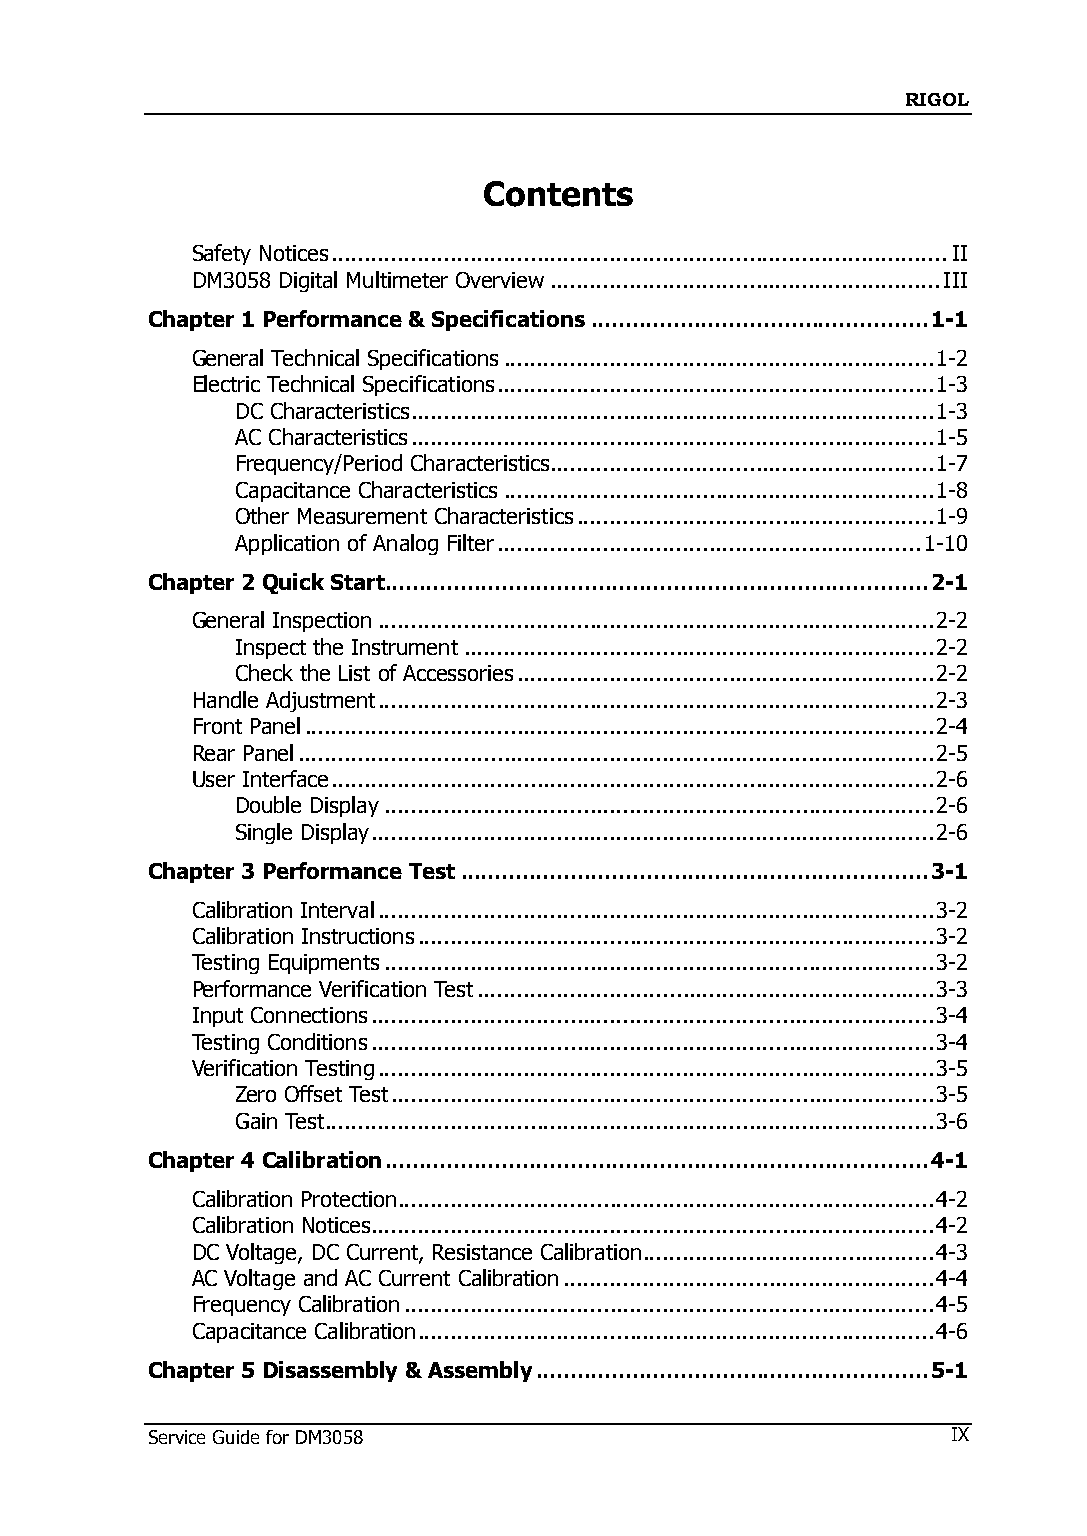
RIGOL
 Contents
 Safety Notices ............................................................................................. II
 DM3058 Digital Multimeter Overview ........................................................... III
 Chapter 1 Performance & Specifications ................................................. 1-1
 General Technical Specifications ................................................................. 1-2
 Electric Technical Specifications .................................................................. 1-3
 DC Characteristics ............................................................................... 1-3
 AC Characteristics ............................................................................... 1-5
 Frequency/Period Characteristics .......................................................... 1-7
 Capacitance Characteristics ................................................................. 1-8
 Other Measurement Characteristics ...................................................... 1-9
 Application of Analog Filter ................................................................ 1-10
 Chapter 2 Quick Start ............................................................................... 2-1
 General Inspection .................................................................................... 2-2
 Inspect the Instrument ....................................................................... 2-2
 Check the List of Accessories ............................................................... 2-2
 Handle Adjustment .................................................................................... 2-3
 Front Panel ............................................................................................... 2-4
 Rear Panel ................................................................................................ 2-5
 User Interface ........................................................................................... 2-6
 Double Display ................................................................................... 2-6
 Single Display ..................................................................................... 2-6
 Chapter 3 Performance Test .................................................................... 3-1
 Calibration Interval .................................................................................... 3-2
 Calibration Instructions .............................................................................. 3-2
 Testing Equipments ................................................................................... 3-2
 Performance Verification Test ..................................................................... 3-3
 Input Connections ..................................................................................... 3-4
 Testing Conditions ..................................................................................... 3-4
 Verification Testing .................................................................................... 3-5
 Zero Offset Test .................................................................................. 3-5
 Gain Test ............................................................................................ 3-6
 Chapter 4 Calibration ............................................................................... 4-1
 Calibration Protection................................................................................. 4-2
 Calibration Notices ..................................................................................... 4-2
 DC Voltage, DC Current, Resistance Calibration ............................................ 4-3
 AC Voltage and AC Current Calibration ........................................................ 4-4
 Frequency Calibration ................................................................................ 4-5
 Capacitance Calibration .............................................................................. 4-6
 Chapter 5 Disassembly & Assembly ......................................................... 5-1
 Service Guide for DM3058                             IX